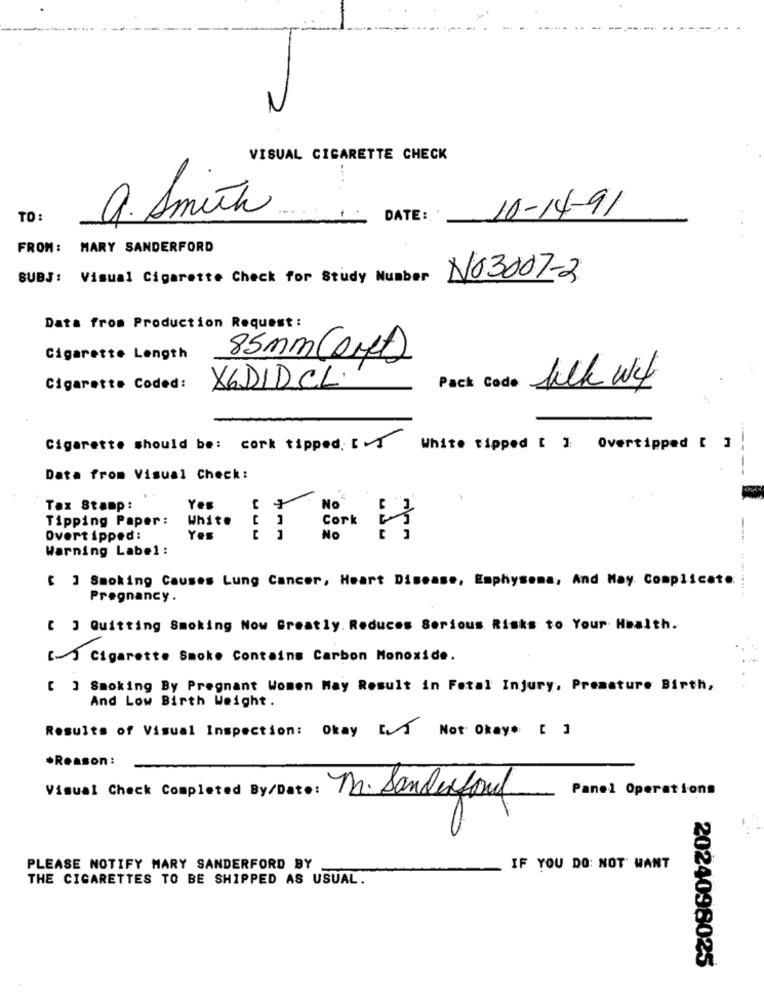
2
VISUAL CIGARETTE CHECK
a. Smith
10-14-91
TO:
DATE :.
FROM :
MARY SANDERFORD
SUBJ: Visual Cigarette Check for Study Number
NO3007-2
Data from Production Request :
Cigarette Length
85mm (art)
Cigarette Coded:
X6DIDCL.
Pack Code With wet
Cigarette should be: cork tipped: [
White tipped [ ] Overtipped [ ]
Data from Visual Check:
Tax Stamp:
Yes
No
Tipping Paper :
White
Cork
Overtipped:
Yes
No
Warning Label :
[ ] Smoking Causes Lung Cancer, Heart Disease, Emphysema, And May Complicate
Pregnancy.
[ ] Quitting Smoking Now Greatly. Reduces Serious Risks to Your Health.
[] Cigarette Smoke Contains Carbon Monoxide.
[ ] Smoking By Pregnant Women May Result in Fetal Injury, Premature Birth,
And Low Birth Weight.
Results of Visual Inspection: Okay [] Not Okay [ ]
*Reason :
Panel Operations
Visual Check Completed By/Date: M. Sanderfond
PLEASE NOTIFY MARY SANDERFORD BY
IF YOU DO NOT WANT
THE CIGARETTES TO BE SHIPPED AS USUAL.
2024098025